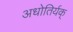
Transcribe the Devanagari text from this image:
अधोतिर्यक्‌